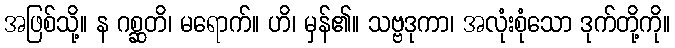
အဖြစ်သို့။ န ဂစ္ဆတိ၊ မရောက်။ ဟိ၊ မှန်၏။ သဗ္ဗဒုကာ၊ အလုံးစုံသော ဒုက်တို့ကို။